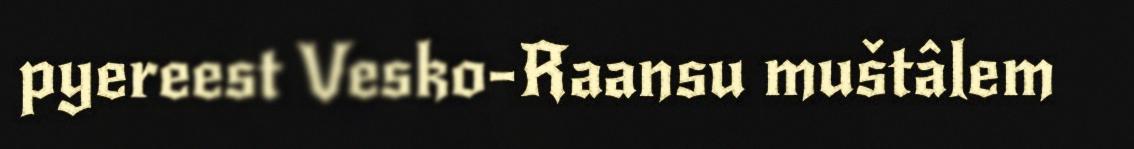
pyereest Vesko-Raansu muštâlem